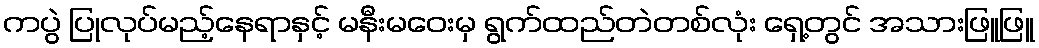
ကပွဲ ပြုလုပ်မည့်နေရာနှင့် မနီးမဝေးမှ ရွက်ထည်တဲတစ်လုံး ရှေ့တွင် အသားဖြူဖြူ